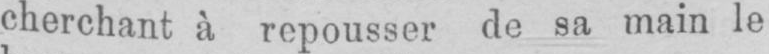
cherchant à repousser de sa main le